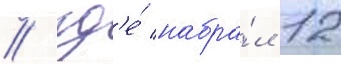
/ гд'е́ набра́л 12